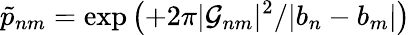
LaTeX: {\tilde{p}}_{nm}=\exp\left(+2\pi|{\cal G}_{nm}|^{2}/|b_{n}-b_{m}|\right)